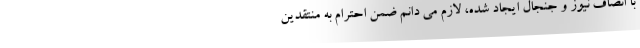
با انصاف نیوز و جنجال ایجاد شده، لازم می دانم ضمن احترام به منتقدین